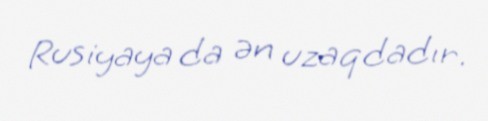
Rusiyaya da ən uzaqdadır.